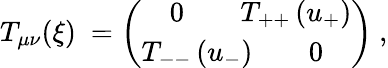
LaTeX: T_{\mu\nu}(\xi)\ =\left(\begin{array}{ll}{{\quad 0\quad\quad T_{++}\, (u_{+})}}\\ {{T_{--}\, (u_{-})\quad\quad 0}}\end{array}\right)\ ,